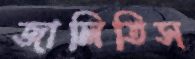
জালিতিস